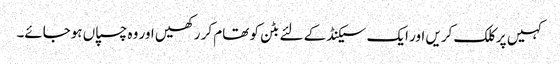
کہیں پر کلک کریں اور ایک سیکنڈ کے لئے بٹن کو تھام کر رکھیں اور وہ چسپاں ہوجائے۔